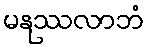
မနုဿလာဘံ